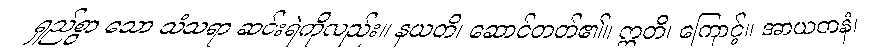
ရှည်စွာ သော သံသရာ ဆင်းရဲကိုလည်း။ နယတိ၊ ဆောင်တတ်၏။ ဣတိ၊ ကြောင့်။ အာယတနံ၊